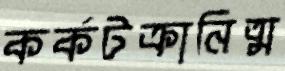
কর্কটক্রানিত্ম